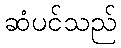
ဆံပင်သည်